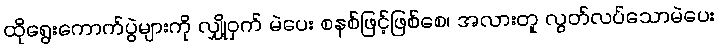
ထိုရွေးကောက်ပွဲများကို လျှို့ဝှက် မဲပေး စနစ်ဖြင့်ဖြစ်စေ၊ အလားတူ လွတ်လပ်သောမဲပေး